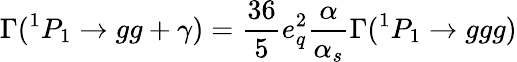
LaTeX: \Gamma(^{1}P_{1}\to gg+\gamma)={\frac{36}{5}}e_{q}^{2}{\frac{\alpha}{\alpha_{s}}}\Gamma(^{1}P_{1}\to ggg)